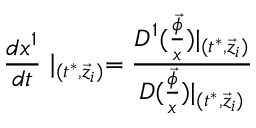
\frac { d x ^ { 1 } } { d t } \mid _ { ( t ^ { * } , \vec { z } _ { i } ) } = \frac { D ^ { 1 } ( \frac { \vec { \phi } } x ) | _ { ( t ^ { * } , \vec { z } _ { i } ) } } { D ( \frac { \vec { \phi } } x ) | _ { ( t ^ { * } , \vec { z } _ { i } ) } }